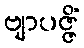
ဗျာပဇ္ဇိံ